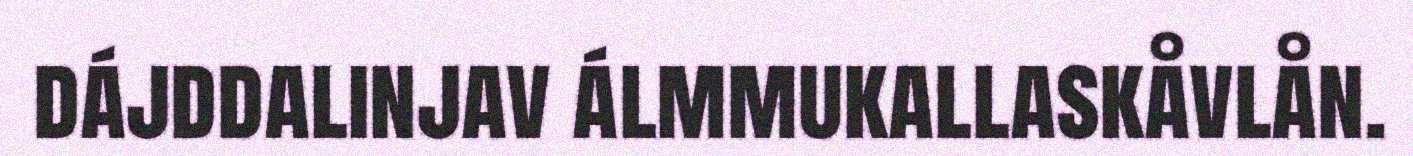
dájddalinjav álmmukallaskåvlån.